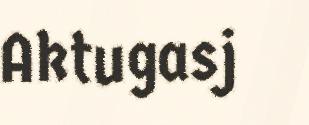
Aktugasj